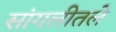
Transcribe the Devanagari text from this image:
सांगलीतले